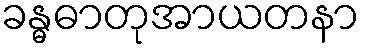
ခန္ဓဓာတုအာယတနာ